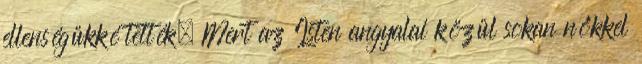
ellenségükké tették. Mert az Isten angyalai közül sokan nőkkel